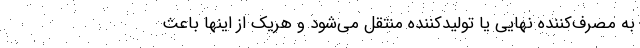
به مصرف‌کننده نهایی یا تولیدکننده منتقل می‌شود و هریک از اینها باعث